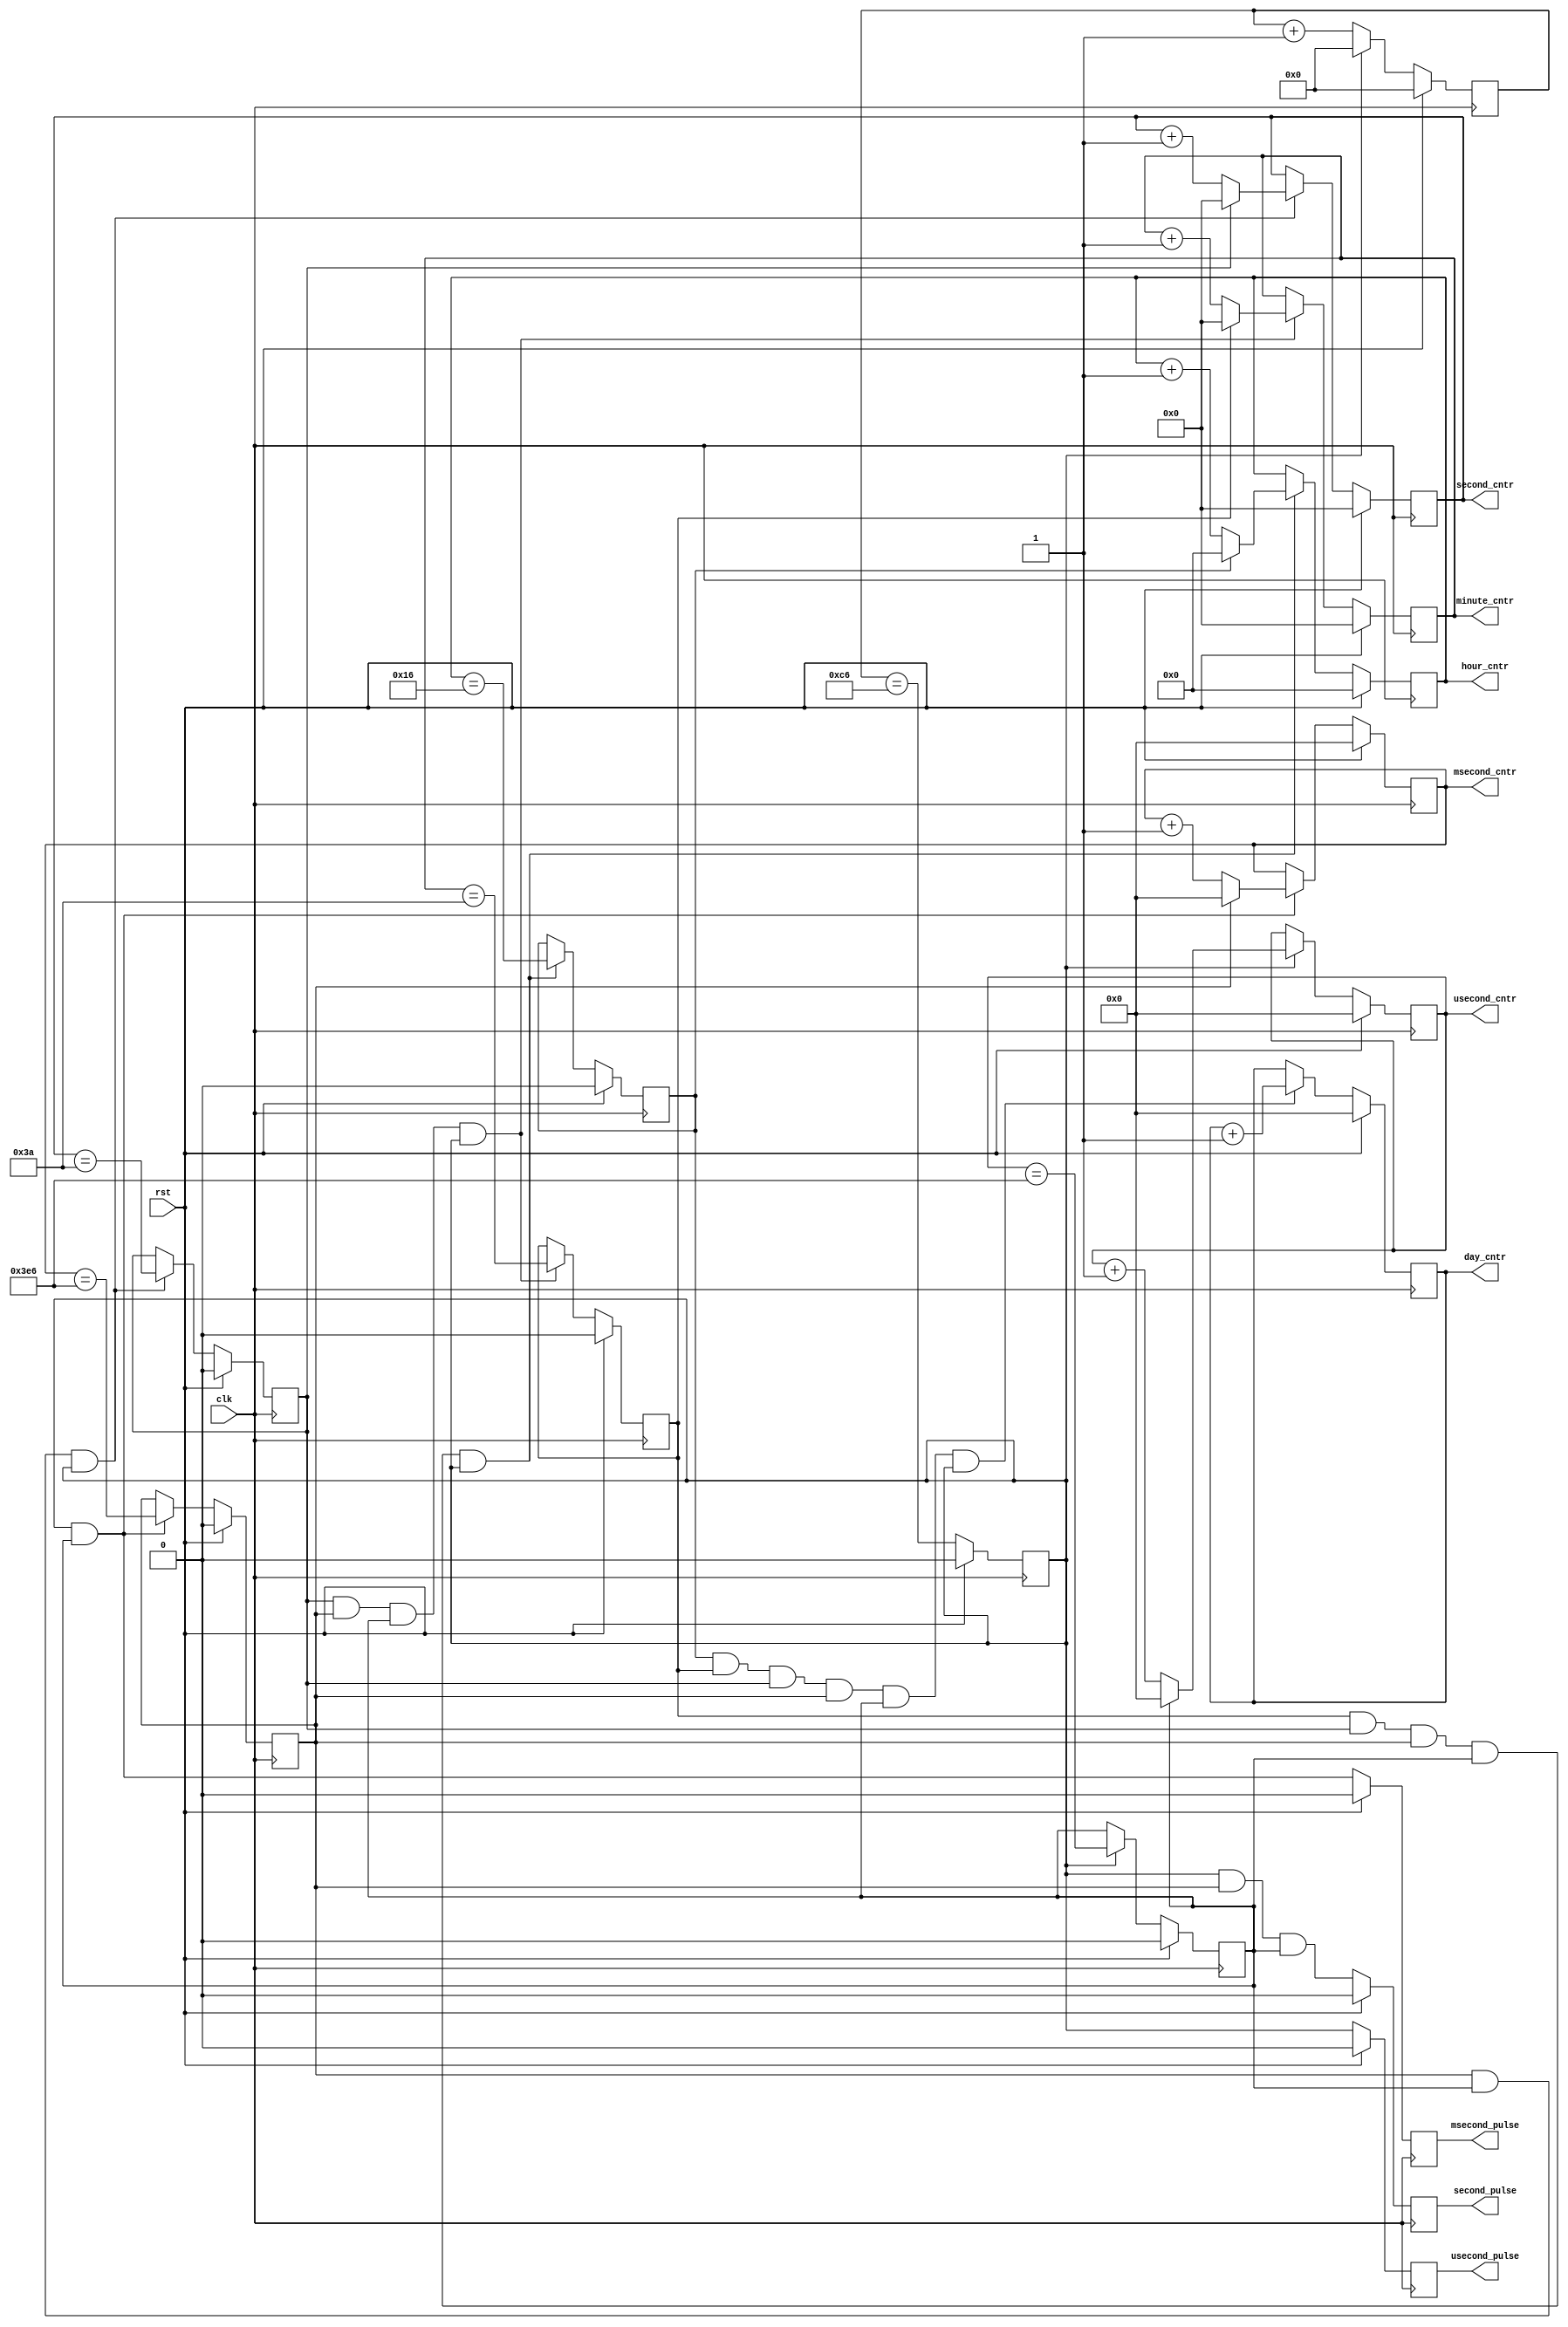
// Copyright 2008 Altera Corporation. All rights reserved.  
// Altera products are protected under numerous U.S. and foreign patents, 
// maskwork rights, copyrights and other intellectual property laws.  
//
// This reference design file, and your use thereof, is subject to and governed
// by the terms and conditions of the applicable Altera Reference Design 
// License Agreement (either as signed by you or found at www.altera.com).  By
// using this reference design file, you indicate your acceptance of such terms
// and conditions between you and Altera Corporation.  In the event that you do
// not agree with such terms and conditions, you may not use the reference 
// design file and please promptly destroy any copies you have made.
//
// This reference design file is being provided on an "as-is" basis and as an 
// accommodation and therefore all warranties, representations or guarantees of 
// any kind (whether express, implied or statutory) including, without 
// limitation, warranties of merchantability, non-infringement, or fitness for
// a particular purpose, are specifically disclaimed.  By making this reference
// design file available, Altera expressly does not recommend, suggest or 
// require that this reference design file be used in combination with any 
// other product not provided by Altera.
/////////////////////////////////////////////////////////////////////////////

module system_timer (
	input clk,rst,

	output reg [9:0] usecond_cntr,
	output reg [9:0] msecond_cntr,
	output reg [5:0] second_cntr,
	output reg [5:0] minute_cntr,
	output reg [4:0] hour_cntr,
	output reg [9:0] day_cntr,
		
	output reg usecond_pulse,
	output reg msecond_pulse,
	output reg second_pulse
);

parameter CLOCK_MHZ = 200;

reg [7:0] tick_cntr;
reg tick_cntr_max;

// review tick counter design if leaving this range
// initial assert (CLOCK_MHZ > 64 && CLOCK_MHZ < 250);

always @(posedge clk) begin
	if (rst) begin
		tick_cntr <= 0;
		tick_cntr_max <= 0;
	end
	else begin
		if (tick_cntr_max) tick_cntr <= 1'b0;
		else tick_cntr <= tick_cntr + 1'b1;
		tick_cntr_max <= (tick_cntr == (CLOCK_MHZ - 2'd2));
	end
end

/////////////////////////////////
// Count off 1000 us to form 1 ms
/////////////////////////////////
reg usecond_cntr_max;

always @(posedge clk) begin
	if (rst) begin
		usecond_cntr <= 0;
		usecond_cntr_max <= 0;
	end
	else if (tick_cntr_max) begin
		if (usecond_cntr_max) usecond_cntr <= 1'b0;
		else usecond_cntr <= usecond_cntr + 1'b1;
		usecond_cntr_max <= (usecond_cntr == 10'd998);
	end
end

/////////////////////////////////
// Count off 1000 ms to form 1 s
/////////////////////////////////
reg msecond_cntr_max;

always @(posedge clk) begin
	if (rst) begin
		msecond_cntr <= 0;
		msecond_cntr_max <= 0;
	end
	else if (usecond_cntr_max & tick_cntr_max) begin
		if (msecond_cntr_max) msecond_cntr <= 1'b0;
		else msecond_cntr <= msecond_cntr + 1'b1;
		msecond_cntr_max <= (msecond_cntr == 10'd998);
	end
end

/////////////////////////////////
// Count off 60s to form 1 m
/////////////////////////////////
reg second_cntr_max;

always @(posedge clk) begin
	if (rst) begin
		second_cntr <= 0;
		second_cntr_max <= 0;
	end
	else if (msecond_cntr_max & usecond_cntr_max & tick_cntr_max) begin
		if (second_cntr_max) second_cntr <= 1'b0;
		else second_cntr <= second_cntr + 1'b1;
		second_cntr_max <= (second_cntr == 6'd58);
	end
end

/////////////////////////////////
// Count off 60m to form 1hr
/////////////////////////////////
reg minute_cntr_max;

always @(posedge clk) begin
	if (rst) begin
		minute_cntr <= 0;
		minute_cntr_max <= 0;
	end
	else if (second_cntr_max & msecond_cntr_max & 
			usecond_cntr_max & tick_cntr_max) begin
		if (minute_cntr_max) minute_cntr <= 1'b0;
		else minute_cntr <= minute_cntr + 1'b1;
		minute_cntr_max <= (minute_cntr == 6'd58);
	end
end

/////////////////////////////////
// Count off 24h to form 1day
/////////////////////////////////
reg hour_cntr_max;

always @(posedge clk) begin
	if (rst) begin
		hour_cntr <= 0;
		hour_cntr_max <= 0;
	end
	else if (minute_cntr_max & second_cntr_max & msecond_cntr_max &
			 usecond_cntr_max & tick_cntr_max) begin
		if (hour_cntr_max) hour_cntr <= 1'b0;
		else hour_cntr <= hour_cntr + 1'b1;
		hour_cntr_max <= (hour_cntr == 5'd22);
	end
end

/////////////////////////////////
// Count off 1024 days then wrap
/////////////////////////////////
always @(posedge clk) begin
	if (rst) begin
		day_cntr <= 0;
	end
	else if (hour_cntr_max & minute_cntr_max & second_cntr_max & msecond_cntr_max &
			 usecond_cntr_max & tick_cntr_max) begin
		day_cntr <= day_cntr + 1'b1;
	end
end

/////////////////////////////////////
// Filtered output pulses 
/////////////////////////////////////
always @(posedge clk) begin
	if (rst) begin
		usecond_pulse <= 1'b0;
		msecond_pulse <= 1'b0;
		second_pulse <= 1'b0;
	end
	else begin
		usecond_pulse <= tick_cntr_max;
		msecond_pulse <= tick_cntr_max & usecond_cntr_max;
		second_pulse <= tick_cntr_max & msecond_cntr_max & usecond_cntr_max;
	end
end			

endmodule